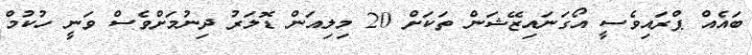
ބައެއް ޕްރައިވެސީ އޯގަނައިޒޭޝަން ތަކަށް 20 މިލިއަން ޑޮލަރު ދިނުމަށްވެސް ވަނީ ހުކުމް